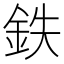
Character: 鉄